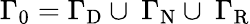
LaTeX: {{\Gamma}_{0}={\Gamma}_{\mathrm{D}}\cup\ {\Gamma}_{\mathrm{N}}\cup\ {\Gamma}_{\mathrm{R}}}